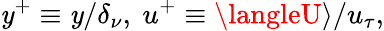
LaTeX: \mathit{y}^{+}\equiv\mathit{y}/\delta_{\nu},~u^{+}\equiv\langleU\rangle/u_{\tau},